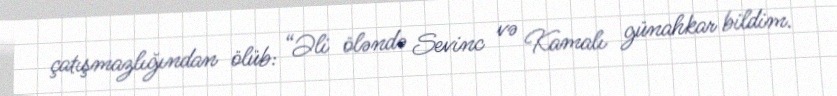
çatışmazlığından ölüb: “Əli öləndə Sevinc və Kamalı günahkar bildim.